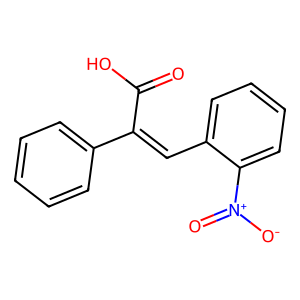
SMILES: O=C(O)C(=Cc1ccccc1[N+](=O)[O-])c1ccccc1
Inhibits HIV replication: No